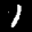
Label: 1